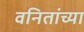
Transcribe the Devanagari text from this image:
वनितांच्या